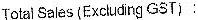
TOTAL SALES(EXCLUDING GST) :